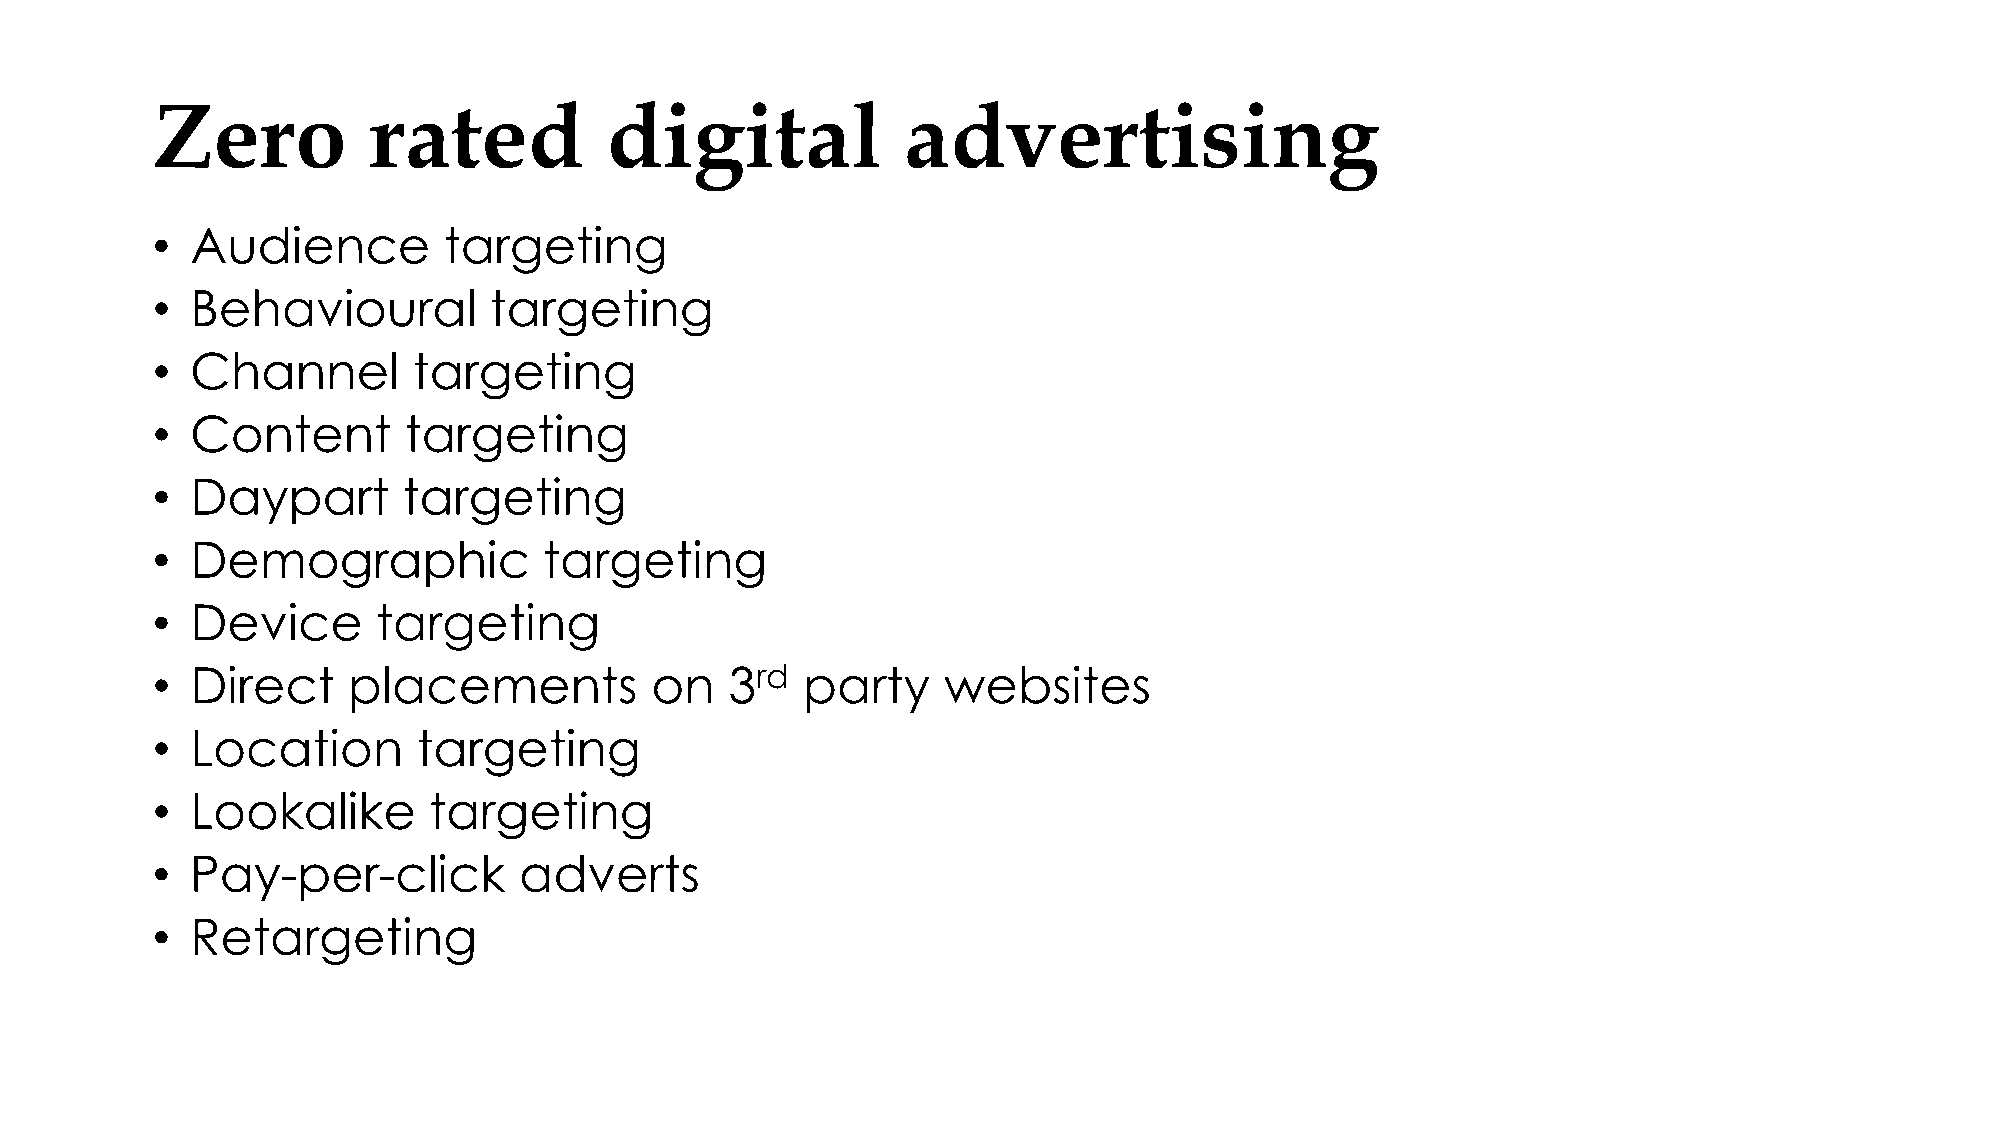
Zero          rated           digital             advertising
 •  Audience        targeting
 •  Behavioural        targeting
 •  Channel       targeting
 •  Content       targeting
 •  Daypart       targeting
 •  Demographic            targeting
 •  Device      targeting
 •  Direct    placements          on   3rd  party    websites
 •  Location       targeting
 •  Lookalike      targeting
 •  Pay-per-click        adverts
 •  Retargeting